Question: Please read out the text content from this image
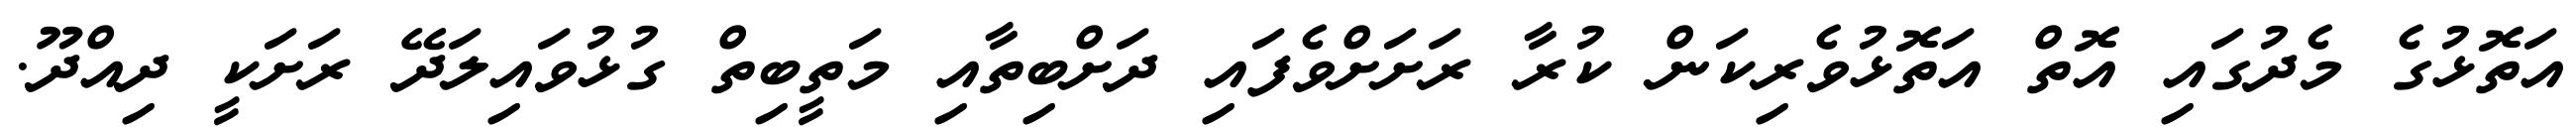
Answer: އަތޮޅުގެ މެދުގައި އޮތް އަތޮޅުވެރިކަން ކުރާ ރަށަށްވެފައި ދަށްބިތާއި މަތީބިތް ގުޅުވައިލަދޭ ރަށަކީ ދިއްދޫ.